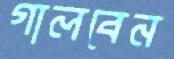
গালবেন